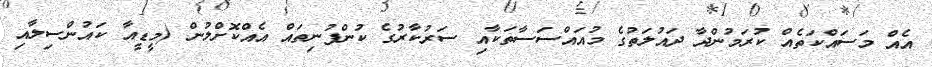
އެއް މަސައްކަތެއް ކުރަމުންދާ ދައުލަތުގެ މުއައްސަސާތަކާއި ސަރުކާރުގެ ކުންފުނިތައް އެއްކޮށްލުން (މީޑީއާ ކައުންސިލާއި